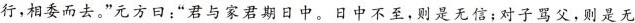
行，相委而去。”元方日：”君与家君期日中。日中不至，则是无信；对子骂父，则是无